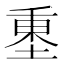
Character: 𡍺